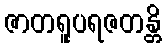
ဇာတရူပရဇတန္တိ